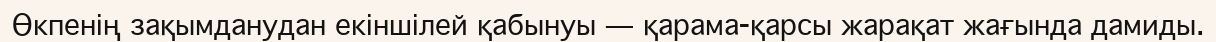
Өкпенің зақымданудан екіншілей қабынуы — қарама-қарсы жарақат жағында дамиды.